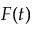
F ( t )